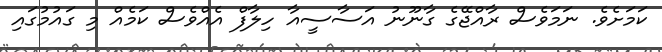
ކަމަށެވެ. ނަމަވެސް ރާއްޖޭގެ ގާނޫނު އަސާސީއާ ހިލާފް އެއްވެސް ކަމެއް މި ގައުމުގައި